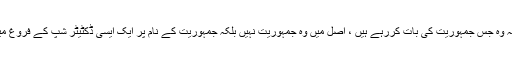
جب ملک میں ایسے حالات پیدا ہونے لگے تو عوام کو بھی یہ بات اچھی طرح سے سمجھ لینی چاہئے کہ وہ جس جمہوریت کی بات کررہے ہیں ، اصل میں وہ جمہوریت نہیں بلکہ جمہوریت کے نام پر ایک ایسی ڈکٹیٹر شپ کے فروغ میں اپنا تعاون کررہے ہیں جو ملک کی سالمیت کے لئے ایک بہت بڑے خطرے کا کھلا ہوا، اعلامیہ ہے۔